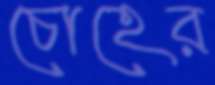
চোহের